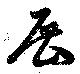
展